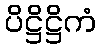
ပိဋ္ဌိဋ္ဌိကံ